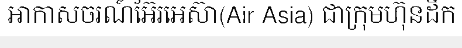
អាកាសចរណ៍អ៊ែរអេស៊ា(Air Asia) ជាក្រុមហ៊ុនដឹក